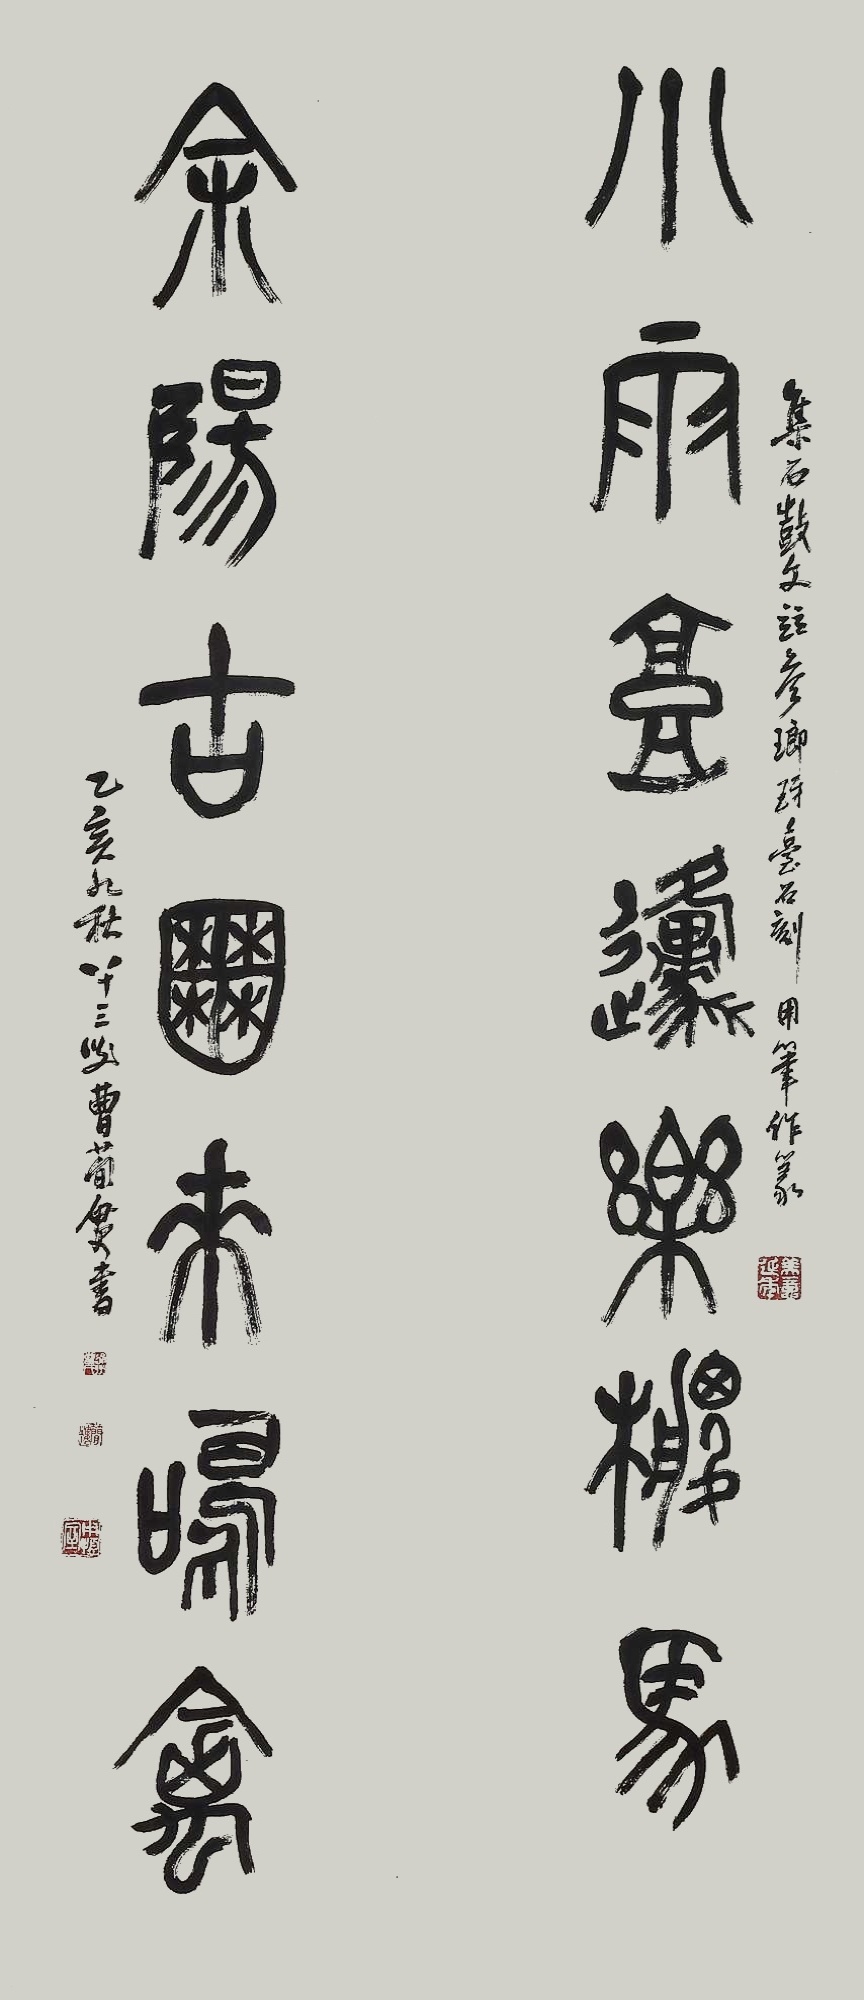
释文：小雨高邍乐棕马，斜阳古圃来鸣禽。集石鼓文兹参《琅玡台石刻》，用笔作篆，乙亥九秋八十三叟曹简楼书。